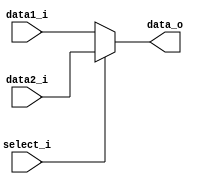
module MUX32
(
    data1_i,
    data2_i,
    select_i,
    data_o
);

input   [31:0]      data1_i, data2_i;
input				select_i;
output  [31:0]      data_o;

assign data_o = (select_i == 1'b0) ? data1_i:
				(select_i == 1'b1) ? data2_i:
				32'b0;
endmodule